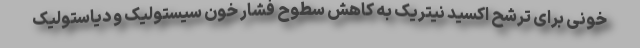
خونی برای ترشح اکسید نیتریک به کاهش سطوح فشار خون سیستولیک و دیاستولیک